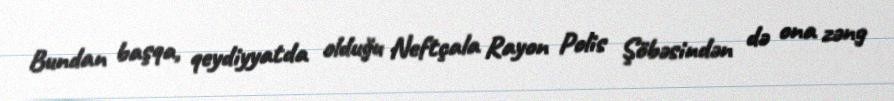
Bundan başqa, qeydiyyatda olduğu Neftçala Rayon Polis Şöbəsindən də ona zəng